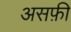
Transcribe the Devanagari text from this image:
असफ़ी